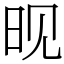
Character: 𬀪